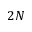
2 N